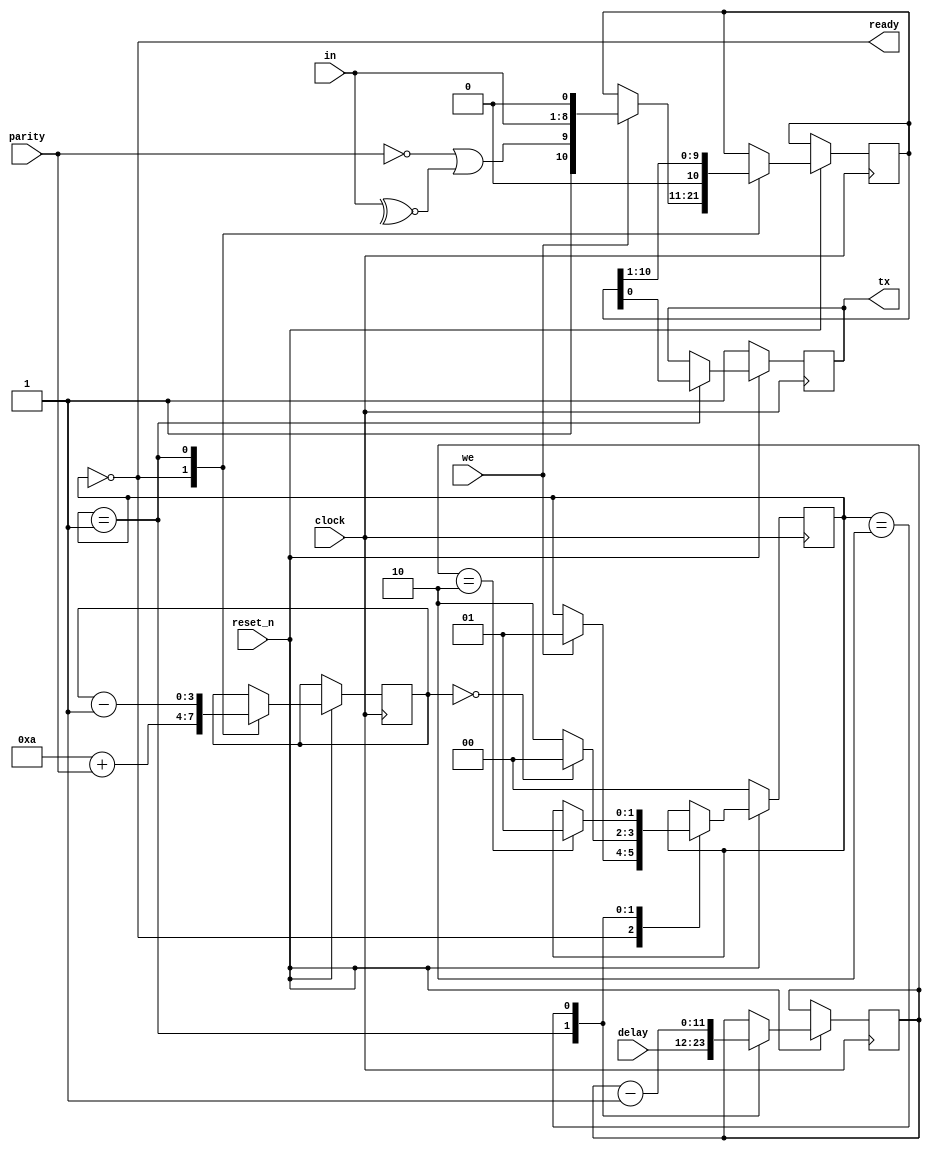
module uart_tx
(
  input        clock,
  input        reset_n,
  input [11:0] delay,
  input        parity,
  input [7:0]  in,
  input        we,
  output reg   tx,
  output       ready
);
assign ready = (st == 1'b0);
reg [ 1:0] st       = 1'b0;
reg [11:0] timer    = 1'b0;
reg [10:0] data     = 1'b0;
reg [ 3:0] cnt      = 1'b0;
always @(posedge clock)
if (reset_n == 1'b0) begin tx <= 1'b1; st <= 2'b0; end
else case (st)
0: begin
  cnt <= 10 + parity;
  if (we) st <= 1;
  if (we) data <= {1'b1, ~parity | ~^in, in, 1'b0};
end
1: begin
  st    <= cnt == 0 ? 0 : 2;
  tx    <= data[0];
  data  <= data[10:1];
  cnt   <= cnt - 1;
  timer <= delay;
end
2: begin if (timer == 2) begin st <= 1; end timer <= timer - 1'b1; end
endcase
endmodule